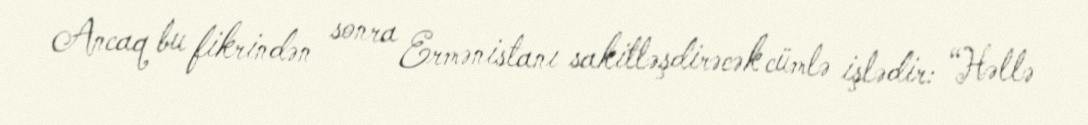
Ancaq bu fikrindən sonra Ermənistanı sakitləşdirəcək cümlə işlədir: “Həllə